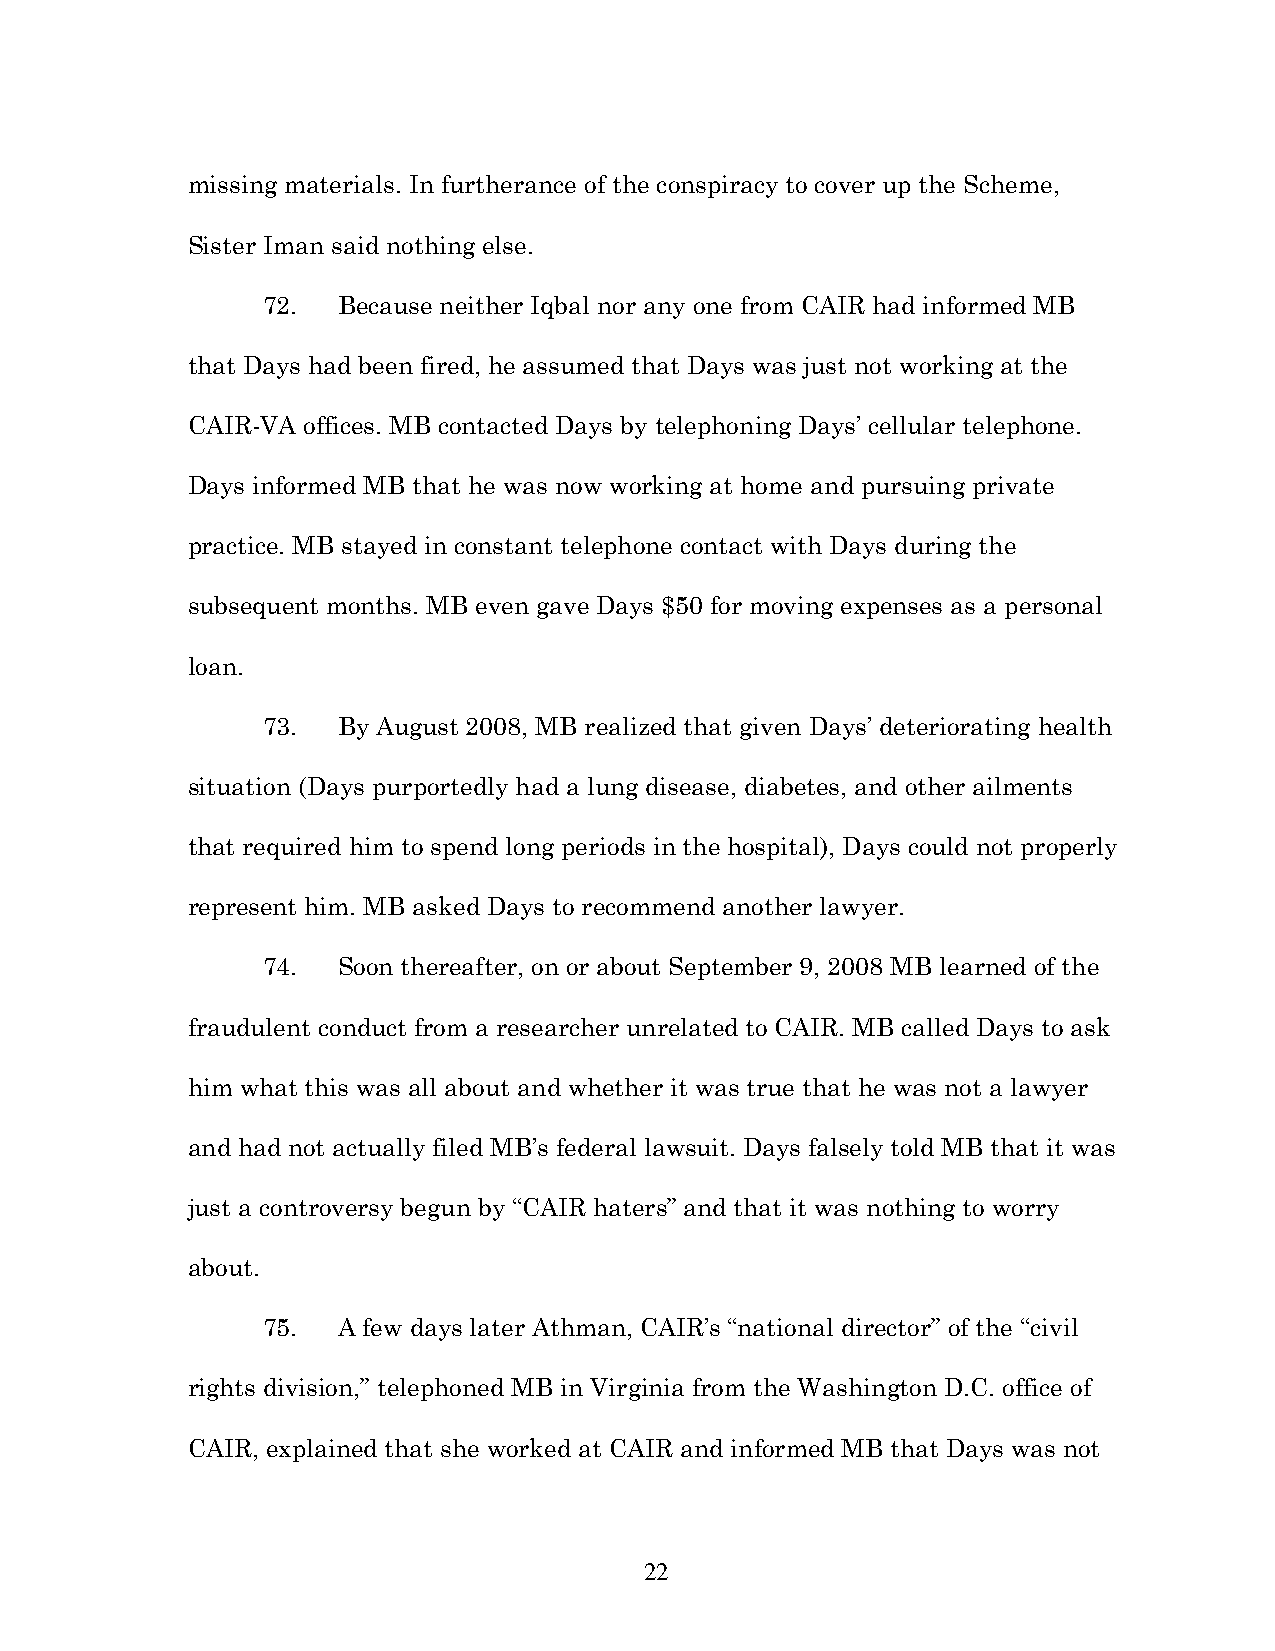
missing materials. In furtherance of the conspiracy to cover up the Scheme,
 Sister Iman said nothing else.
 72.  Because neither Iqbal nor any one from CAIR had informed MB
 that Days had been fired, he assumed that Days was just not working at the
 CAIR-VA offices. MB contacted Days by telephoning Days’ cellular telephone.
 Days informed MB that he was now working at home and pursuing private
 practice. MB stayed in constant telephone contact with Days during the
 subsequent months. MB even gave Days $50 for moving expenses as a personal
 loan.
 73.  By August 2008, MB realized that given Days’ deteriorating health
 situation (Days purportedly had a lung disease, diabetes, and other ailments
 that required him to spend long periods in the hospital), Days could not properly
 represent him. MB asked Days to recommend another lawyer.
 74.  Soon thereafter, on or about September 9, 2008 MB learned of the
 fraudulent conduct from a researcher unrelated to CAIR. MB called Days to ask
 him what this was all about and whether it was true that he was not a lawyer
 and had not actually filed MB’s federal lawsuit. Days falsely told MB that it was
 just a controversy begun by “CAIR haters” and that it was nothing to worry
 about.
 75.  A few days later Athman, CAIR’s “national director” of the “civil
 rights division,” telephoned MB in Virginia from the Washington D.C. office of
 CAIR, explained that she worked at CAIR and informed MB that Days was not
 22